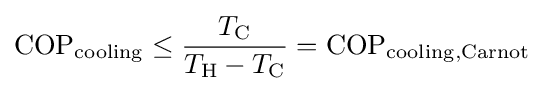
\mathrm {COP} _{\mathrm {cooling} }\leq {\frac {T_{\rm {C}}}{T_{\rm {H}}-T_{\rm {C}}}}=\mathrm {COP} _{\mathrm {cooling,Carnot} }